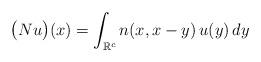
LaTeX: \begin{align*}\bigl(Nu\bigr)(x)=\int_{\mathbb R^c}n(x,x-y)\,u(y)\,dy \end{align*}